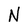
Character: N